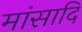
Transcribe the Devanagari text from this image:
मांसादि